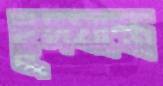
হূদযন্ত্রে